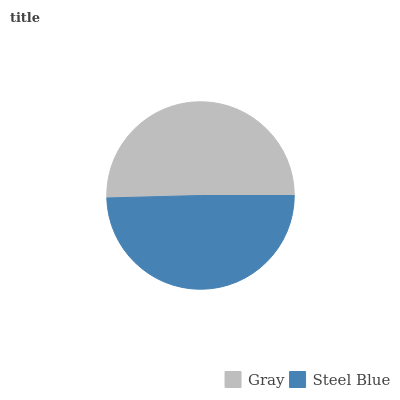
| Gray | Steel Blue |
 | --- | --- |
 | 50.4% | 49.6% |